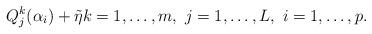
LaTeX: \begin{align*} Q_j^k(\alpha_i) + \tilde{\eta}k=1, \ldots, m,\ j=1, \ldots, L,\ i=1, \ldots, p.\end{align*}